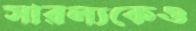
সারল্যকেও